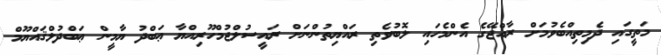
މަތީގައި ދެމިތިއްބެވުމަށް ރާއްޖޭގެ އެންމެހައި ލޮބުވެތި ރައްޔިތުންނަށް ރައީސުލްޖުމްހޫރިއްޔާ ޢަބްދު ޔާމީން ޢަބްދުލްޤައްޔޫމް